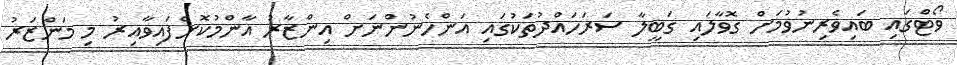
ވޯޓްގައި ބައިވެރިނުވުމަށް ގޮވާލައި ގަބީލާ ސަރަހައްދުތަކުގައި އަންހެނުންނަށް އިންޒާރު އާންމުކޮށްފައިވާއިރު މި މަންޒަރު